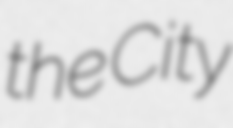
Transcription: the City